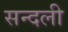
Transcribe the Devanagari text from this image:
सन्दली